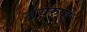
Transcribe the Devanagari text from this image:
जयरुपो